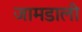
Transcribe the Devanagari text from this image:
जामडाली